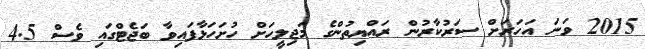
2015 ވަނަ އަހަރަށް ސަރުކާރުން ރައްޔިތުންގެ މަޖިލީހަށް ހުށަހަޅާފައިވާ ބަޖެޓްގައި ވެސް 4.5